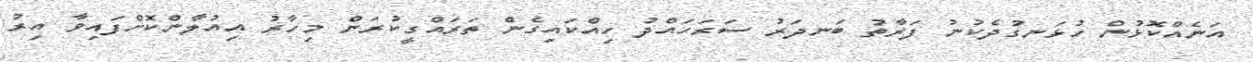
އަނެއްކޮޅުން ހުޅަނގުދެކުނު ފަރާތު ބަނދަރު ސަރަހައްދު ހިއްކައިގެން ތަރައްގީކުރަން މިހާރު އިއުލާންކޮށްފައިވާ އިރު